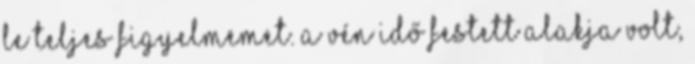
le teljes figyelmemet. A vén Idő festett alakja volt,